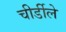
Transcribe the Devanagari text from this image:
चीर्डीले